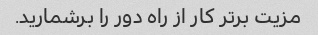
مزیت برتر کار از راه دور را برشمارید.